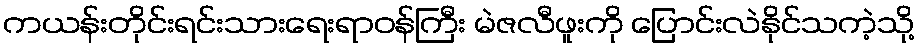
ကယန်းတိုင်းရင်းသားရေးရာဝန်ကြီး မဲဇလီဖူးကို ပြောင်းလဲနိုင်သကဲ့သို့